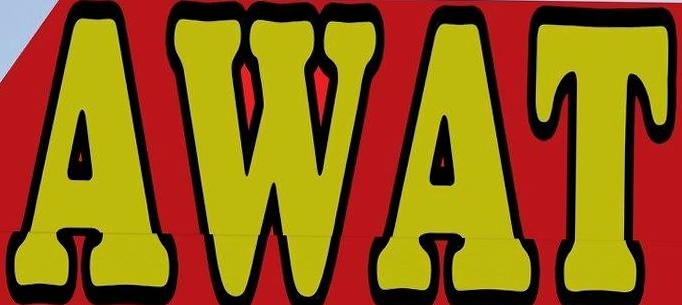
AWAT